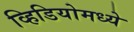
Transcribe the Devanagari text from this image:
व्हिडियोमध्ये